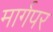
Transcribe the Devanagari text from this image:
मार्गपर